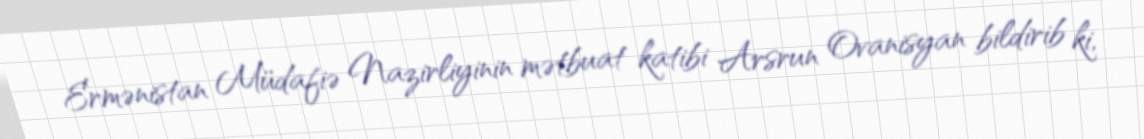
Ermənistan Müdafiə Nazirliyinin mətbuat katibi Arsrun Ovanisyan bildirib ki,